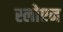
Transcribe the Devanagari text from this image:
स्लोएन